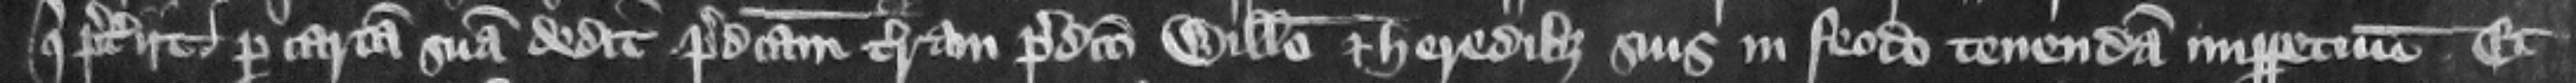
qui preteriit per cartam suam dedit predictam terram predicto Willelmo et heredibus suis in feodo tenendam imperpetuum. Et